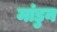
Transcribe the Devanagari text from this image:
मांडुन